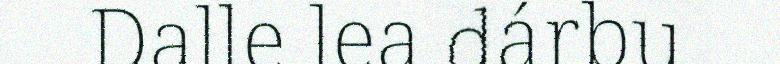
Dalle lea dárbu